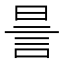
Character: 𧦊